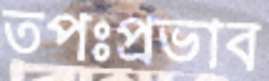
তপঃপ্রভাব